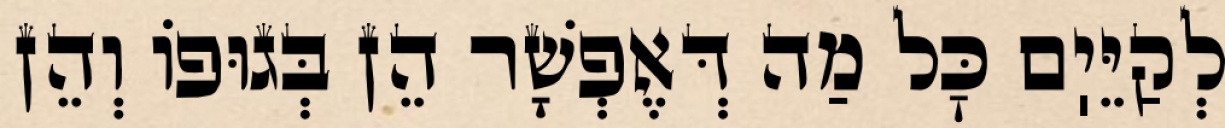
לְקַיֵּיֽם כׇּל מַה דְּאֶפְשָׁר הֵן בְּגוּפוֹ וְהֵן